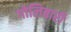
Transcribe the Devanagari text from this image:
गोलिबारी